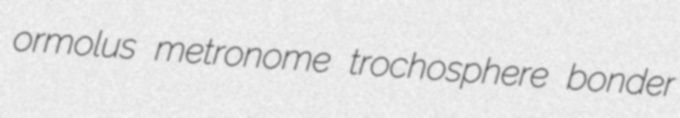
ormolus metronome trochosphere bonder